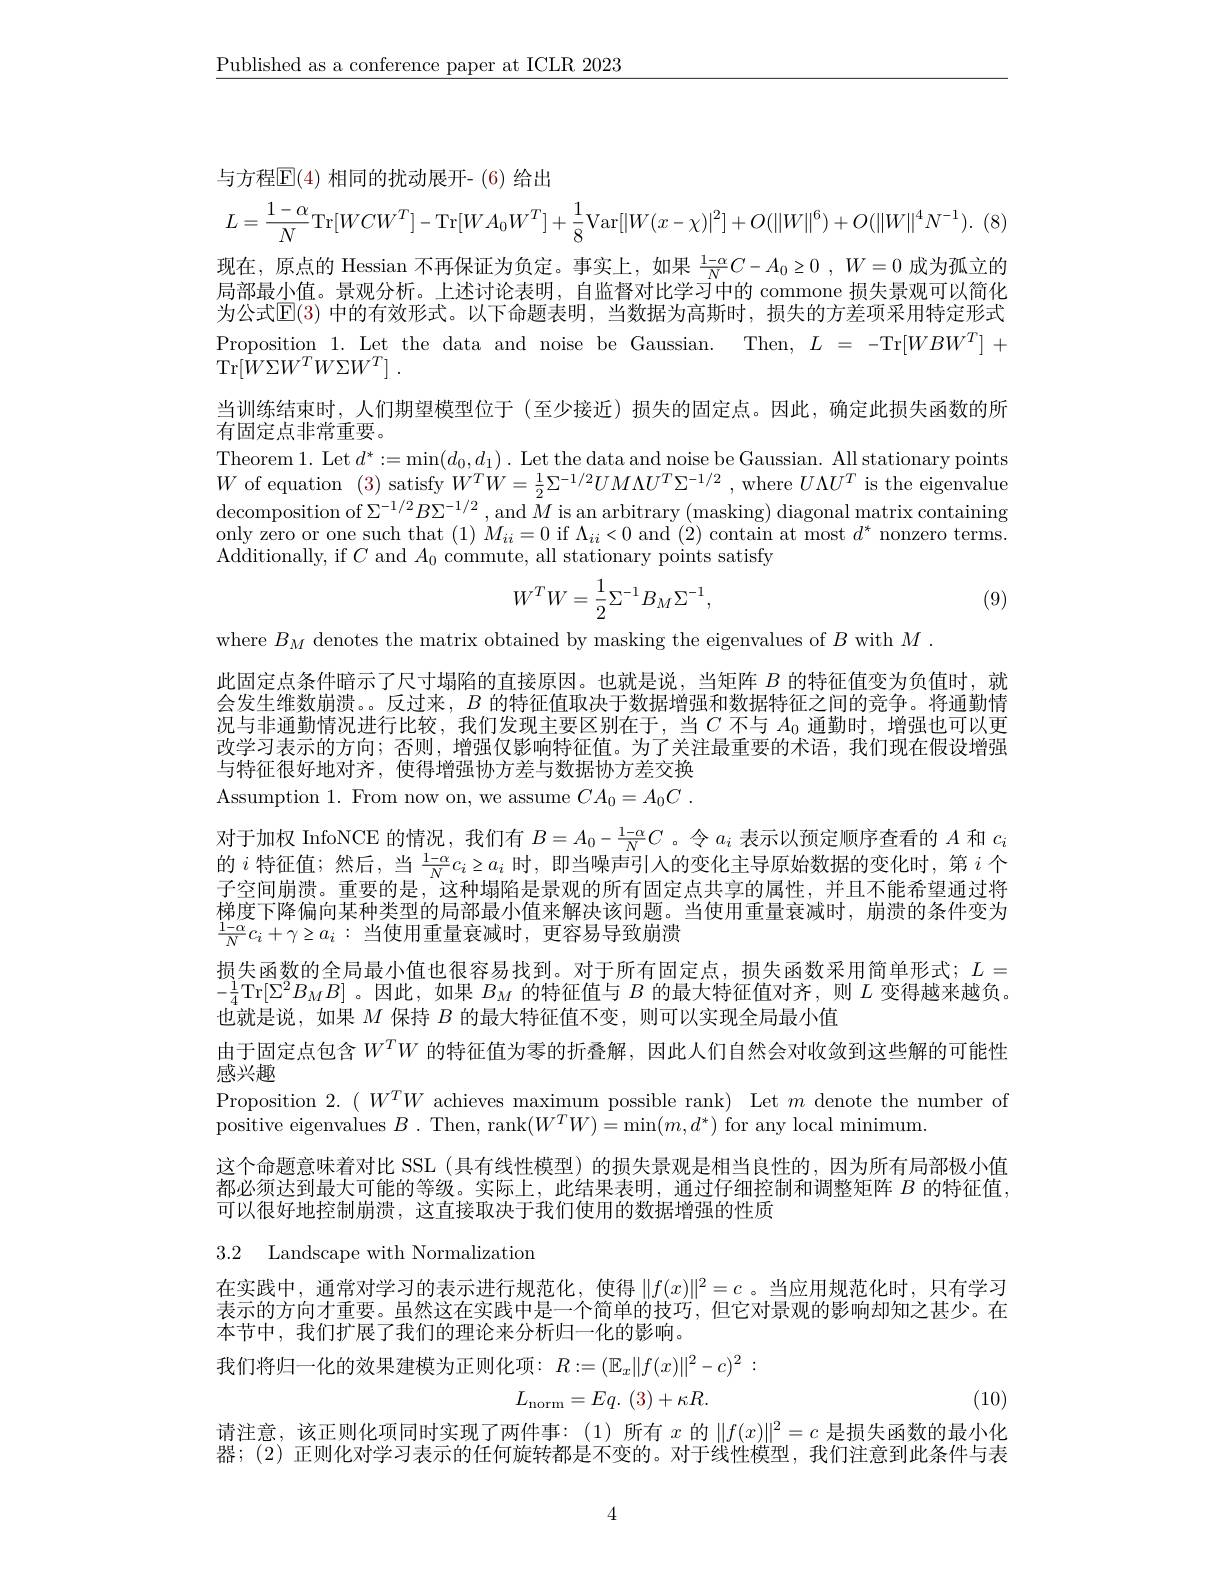
$\underline{\text{Published as a conference paper at ICLR 2023}}$

与方程$\mathbb{E}(4)$ 相同的扰动展开-(6)给出
$$L=\frac{1-\alpha}{N}\mathrm{Tr}[WCW^T]-\mathrm{Tr}[WA_0W^T]+\frac{1}{8}\mathrm{Var}[|W(x-\chi)|^2]+O(\|W\|^6)+O(\|W\|^4N^{-1}).$$
现在，原点的 Hessian 不再保证为负定。事实上，如果$\frac 1{- }\alpha NC- A_0\geq 0$ , $W= 0$成为孤立的局部最小值。景观分析。上述讨论表明，自监督对比学习中的 commone 损失景观可以简化为公式$\mathbb{E}(3)$ 中的有效形式。以下命题表明，当数据为高斯时，损失的方差项采用特定形式Proposition 1. Let the data and noise be Gaussian. Then, $L=-$Tr$[WBW^T]+$ $\operatorname { Tr} [ \dot{W} \Sigma W^{T}W\Sigma W^{T}]$ .
当训练结束时，人们期望模型位于(至少接近)损失的固定点。因此，确定此损失函数的所
有固定点非常重要。
Theorem 1. Let $d^*:=\min(d_0,d_1).$ Let the data and noise be Gaussian. All stationary points $W$ of equation (3) satisfy $W^TW=\frac12\Sigma^{-1/2}UM\Lambda U^T\Sigma^{-1/2}$ , where $U\Lambda U^T$ is the eigenvalue $\begin{aligned}\text{decomposition of}\Sigma^{-1/2}B\Sigma^{-1/2},\mathrm{~and~}\tilde{M}\text{ is an arbitrary (masking) diagonal matrix containing}\\\text{decomposition of }\Sigma^{-1/2},\mathrm{~and~}\tilde{M}\text{ is an arbitrary (masking) diagonal matrix containing}\end{aligned}$ $\dot{\text{only zero or one such that }(1)}M_{ii}=0$ if $\Lambda_ii<0$ and (2) contain at most $d^*$ nonzero terms. Additionally, if $C$ and $A_0$ commute, all stationary points satisfy
$$W^TW=\frac{1}{2}\Sigma^{-1}B_M\Sigma^{-1},$$
(9)

where $B_{M}$ denotes the matrix obtained by masking the eigenvalues of $B$ with $M.$
此固定点条件暗示了尺寸塌陷的直接原因。也就是说，当矩阵$B$的特征值变为负值时，就会发生维数崩溃。。反过来，$B$的特征值取决于数据增强和数据特征之间的竞争。将通勤情况与非通勤情况进行比较，我们发现主要区别在于，当$C$不与$A_{0}$通勤时，增强也可以更改学习表示的方向；否则，增强仅影响特征值。为了关注最重要的术语，我们现在假设增强与特征很好地对齐，使得增强协方差与数据协方差交换

Assumption 1. From now on, we assume $CA_0= A_0C$ .
对于加权 InfoNCE 的情况，我们有$B=A_0-\frac{1-\alpha}NC$ 。令$a_i$表示以预定顺序查看的$A$和$c_i$ 的$i$特征值；然后，当$\frac1-\alpha Nc_i\geq a_i$时，即当噪声引入的变化主导原始数据的变化时，第$i$个子空间崩溃。重要的是，这种塌陷是景观的所有固定点共享的属性，并且不能希望通过将梯度下降偏向某种类型的局部最小值来解决该问题。当使用重量衰减时，崩溃的条件变为$\frac{1-\alpha}{N}c_i+\gamma\geq a_i:$当使用重量衰减时，更容易导致崩溃
损失函数的全局最小值也很容易找到。对于所有固定点，损失函数采用简单形式；$L=$ $-\frac14$Tr$[\Sigma^2B_MB]$。因此，如果$B_M$的特征值与$B$的最大特征值对齐，则$L$变得越来越负。也就是说，如果$M$保持$B$的最大特征值不变，则可以实现全局最小值
由于固定点包含$W^TW$的特征值为零的折叠解，因此人们自然会对收敛到这些解的可能性
感兴趣
Proposition $2.(W^TW$ achieves maximum possible rank) Let $m$ denote the number of
positive eigenvalues $B$ . Then, rank$(W^TW)=\min(m,d^*)$ for any local minimum.
这个命题意味着对比 SSL (具有线性模型)的损失景观是相当良性的，因为所有局部极小值都必须达到最大可能的等级。实际上，此结果表明，通过仔细控制和调整矩阵$B$的特征值， 可以很好地控制崩溃，这直接取决于我们使用的数据增强的性质

3.2 Landscape with Normalization

在实践中，通常对学习的表示进行规范化，使得$\|f(x)\|^2=c$。当应用规范化时，只有学习表示的方向才重要。虽然这在实践中是一个简单的技巧，但它对景观的影响却知之甚少。在本节中，我们扩展了我们的理论来分析归一化的影响。
$$R:=(\mathbb{E}_x\|f(x)\|^2-c)^2\::$$
$$L_{\mathrm{norm}}=Eq.\:(3)+\kappa R.$$
(10)

请注意，该正则化项同时实现了两件事：(1)所有$x$的$\|f(x)\|^2=c$是损失函数的最小化器；(2) 正则化对学习表示的任何旋转都是不变的。对于线性模型，我们注意到此条件与表

4